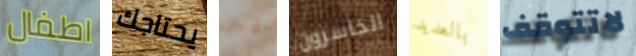
اطفال يحتاجك قبر الخاسرون بالعديد لاتتوقف